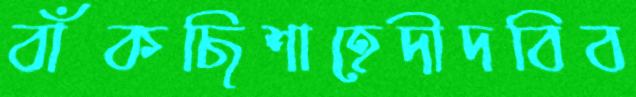
বাঁকছিশাহেদীদবিব